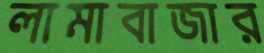
লামাবাজার